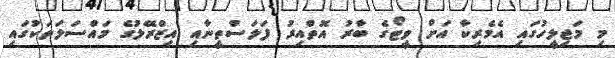
މި މަޖިލީހުގައި އެމެރިކާ އަށް ވީޓޯގެ ބާރު އޮތްއިރު ފަލަސްތީނާއި އިޒްރޭލުގެ މައްސަލަތަކުގައި